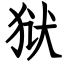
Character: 狱